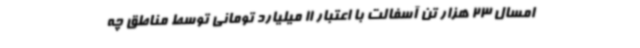
امسال 23 هزار تن آسفالت با اعتبار 11 میلیارد تومانی توسط مناطق چه